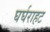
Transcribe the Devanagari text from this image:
घर्घराहट